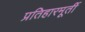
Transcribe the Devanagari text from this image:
प्रतिहारमूर्ती